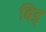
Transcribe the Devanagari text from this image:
बिड्